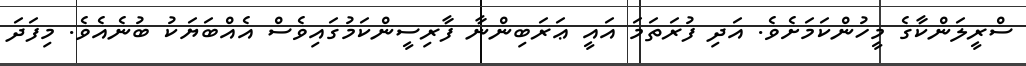
ސްރީލަންކާގެ މީހުންކަމަށެވެ. އަދި ފުރަތަމަ އައީ ޢަރަބިންނާ ފާރިސީންކަމުގައިވެސް އެއްބަޔަކު ބުނެއެވެ. މިފަދަ